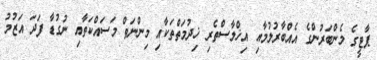
ޕާޓީގެ މެންބަރުންގެ އެއްބާރުލުމާއި އިޚްލާސްތެރި ޚިދުމަތްތަކާއި މިންނަތް މަސައްކަތާއި ނުގުޑާ ފަދަ އަޒުމު